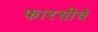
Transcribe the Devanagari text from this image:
फारसीचे